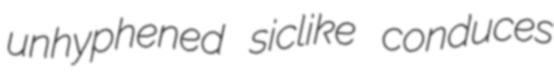
unhyphened siclike conduces